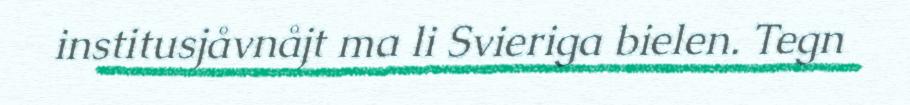
institusjåvnåjt ma li Svieriga bielen. Tegn